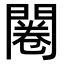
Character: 闂